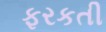
ફરકતી